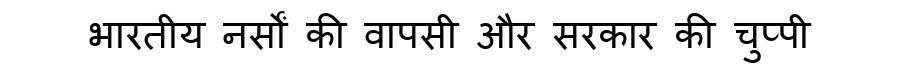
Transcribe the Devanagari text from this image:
भारतीय नर्सों की वापसी और सरकार की चुप्पी